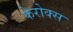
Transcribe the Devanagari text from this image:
फेरोक्स